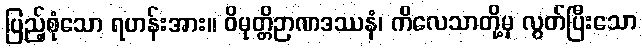
ပြည့်စုံသော ရဟန်းအား။ ဝိမုတ္တိဉာဏဒဿနံ၊ ကိလေသာတို့မှ လွတ်ပြီးသော